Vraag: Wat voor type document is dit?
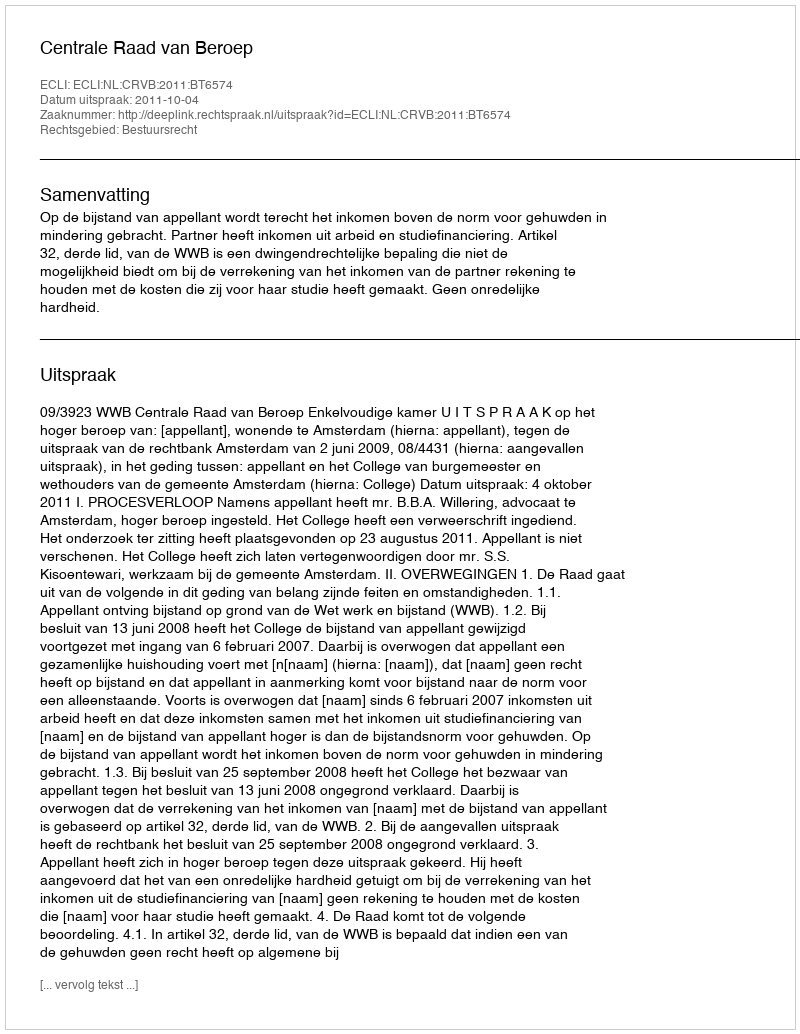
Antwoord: Uitspraak